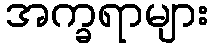
အက္ခရာများ